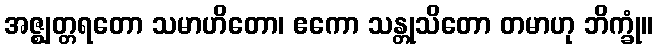
အဇ္ဈတ္တရတော သမာဟိတော၊ ဧကော သန္တုသိတော တမာဟု ဘိက္ခုံ။